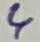
Text: 4